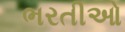
ભરતીઓ